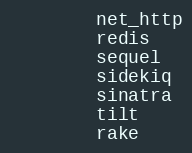
Language: Ruby
        net_http
        redis
        sequel
        sidekiq
        sinatra
        tilt
        rake